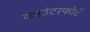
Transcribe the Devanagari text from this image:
काउंटरफोर्ट